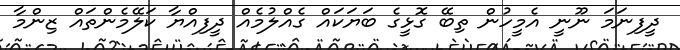
ދީފިނަމަ ނޫނީ އެމީހުން ތިބޭ ގޮޅީގެ ބަޔަކައް ގެއްލުމެއް ދީފިއްޔާ ކަލޭމެންތައް ޒިންމާ